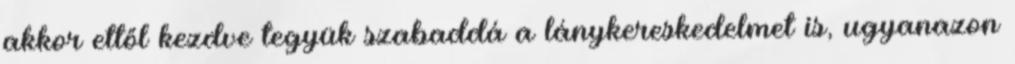
akkor ettől kezdve tegyük szabaddá a lánykereskedelmet is, ugyanazon